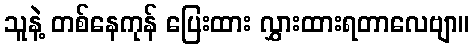
သူနဲ့ တစ်နေကုန် ပြေးထား လွှားထားရတာလေဗျာ။